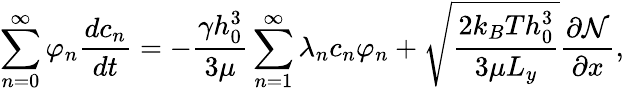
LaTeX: \sum_{n=0}^{\infty}\varphi_{n}\frac{dc_{n}}{dt}=-\frac{\gamma h_{0}^{3}}{3\mu}\sum_{n=1}^{\infty}\lambda_{n}c_{n}\varphi_{n}+\sqrt{\frac{2k_{B}Th_{0}^{3}}{3\mu L_{y}}}\frac{\partial\mathcal{N}}{\partial x},